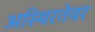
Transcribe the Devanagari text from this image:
अस्थिरतेवर